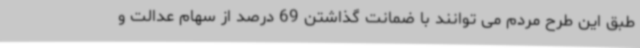
طبق این طرح مردم می توانند با ضمانت گذاشتن 69 درصد از سهام عدالت و